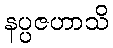
နပ္ပဇဟာသိ